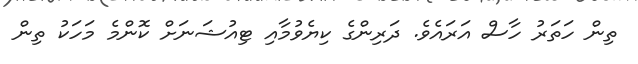
ތިން ހަތަރު ހާސް އަރައެވެ. ދަރިންގެ ކިޔެވުމާއި ޓިއުޝަނަށް ކޮންމެ މަހަކު ތިން